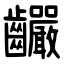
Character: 䶫